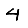
Digit: 4